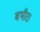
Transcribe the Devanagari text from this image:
बथीरा